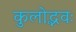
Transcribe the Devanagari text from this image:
कुलोद्भवः